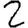
Digit: 2